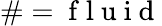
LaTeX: \# =\mathrm{~f~l~u~i~d~}